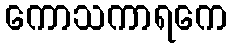
ကောသကာရကေ